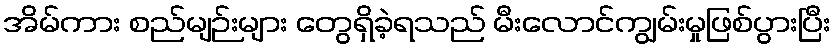
အိမ်ကား စည်မျဉ်းများ တွေရှိခဲ့ရသည် မီးလောင်ကျွမ်းမှုဖြစ်ပွားပြီး